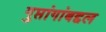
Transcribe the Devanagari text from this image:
गुप्तांगांबद्दल